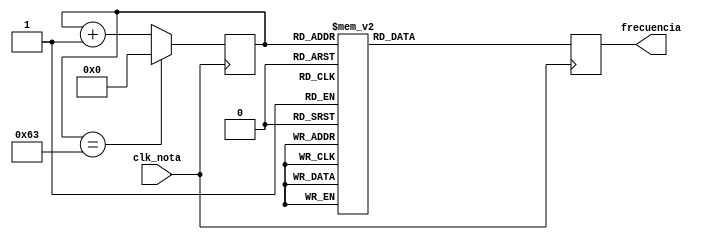
module generador_de_melodia(
    input wire clk_nota,
    output reg [9:0] frecuencia
);

    localparam DO = 10'd261;
    localparam DO_MOD = 10'd262;
    localparam RE = 10'd293;
    localparam MI = 10'd329;
    localparam FA = 10'd349;
    localparam FA_MOD = 10'd350;
    localparam FA_SOSTENIDO = 369;
    localparam SOL = 10'd392;
    localparam LA = 10'd440;
    localparam SI = 10'd493;
    localparam LA_SOSTENIDO = 10'd466;
    localparam LA_SOSTENIDO_MOD = 10'd467;
    localparam DO_MAS  = 10'd523;

    reg [6:0] nota_siguiente = 0;

    // Meloda: Feliz Cumpleaos
    always @(posedge clk_nota) begin
        case (nota_siguiente)
            0: frecuencia = DO;
            1: frecuencia = DO;
            2: frecuencia = DO;
            3: frecuencia = DO_MOD;
            4: frecuencia = RE;
            5: frecuencia = RE;
            6: frecuencia = RE;
            7: frecuencia = RE;
            8: frecuencia = DO;
            9: frecuencia = DO;
            10: frecuencia = DO;
            11: frecuencia = DO;
            12: frecuencia = FA;
            13: frecuencia = FA;
            14: frecuencia = FA;
            15: frecuencia = FA;
            16: frecuencia = MI;
            17: frecuencia = MI;
            18: frecuencia = MI;
            19: frecuencia = MI;
            20: frecuencia = MI;
            21: frecuencia = MI;
            22: frecuencia = MI;
            23: frecuencia = MI;
            24: frecuencia = DO;
            25: frecuencia = DO;
            26: frecuencia = DO;
            27: frecuencia = DO_MOD;
            28: frecuencia = RE;
            29: frecuencia = RE;
            30: frecuencia = RE;
            31: frecuencia = RE;
            32: frecuencia = DO;
            33: frecuencia = DO;
            34: frecuencia = DO;
            35: frecuencia = DO;
            36: frecuencia = SOL;
            37: frecuencia = SOL;
            38: frecuencia = SOL;
            39: frecuencia = SOL;
            40: frecuencia = FA;
            41: frecuencia = FA;
            42: frecuencia = FA;
            43: frecuencia = FA;
            44: frecuencia = FA;
            45: frecuencia = FA;
            46: frecuencia = FA;
            47: frecuencia = FA;
            48: frecuencia = DO;
            49: frecuencia = DO;
            50: frecuencia = DO;
            51: frecuencia = DO_MOD;
            52: frecuencia = DO_MAS;
            53: frecuencia = DO_MAS;
            54: frecuencia = DO_MAS;
            55: frecuencia = DO_MAS;
            56: frecuencia = LA;
            57: frecuencia = LA;
            58: frecuencia = LA;
            59: frecuencia = LA;
            60: frecuencia = FA;
            61: frecuencia = FA;
            62: frecuencia = FA;
            63: frecuencia = FA_MOD;
            64: frecuencia = MI;
            65: frecuencia = MI;
            66: frecuencia = MI;
            67: frecuencia = MI;
            68: frecuencia = RE;
            69: frecuencia = RE;
            70: frecuencia = RE;
            71: frecuencia = RE;
            72: frecuencia = RE;
            73: frecuencia = RE;
            74: frecuencia = RE;
            75: frecuencia = RE;
            76: frecuencia = LA_SOSTENIDO;
            77: frecuencia = LA_SOSTENIDO;
            78: frecuencia = LA_SOSTENIDO;
            79: frecuencia = LA_SOSTENIDO_MOD;
            80: frecuencia = LA;
            81: frecuencia = LA;
            82: frecuencia = LA;
            83: frecuencia = LA;
            84: frecuencia = FA;
            85: frecuencia = FA;
            86: frecuencia = FA;
            87: frecuencia = FA;
            88: frecuencia = SOL;
            89: frecuencia = SOL;
            90: frecuencia = SOL;
            91: frecuencia = SOL;
            92: frecuencia = FA;
            93: frecuencia = FA;
            94: frecuencia = FA;
            95: frecuencia = FA;
            96: frecuencia = FA;
            97: frecuencia = FA;
            98: frecuencia = FA;
            99: frecuencia = FA;
            default: frecuencia = 0;
        endcase
        nota_siguiente <= (nota_siguiente == 99) ? 0 : nota_siguiente + 1;
    end
endmodule